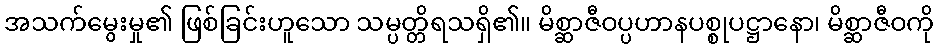
အသက်မွေးမှု၏ ဖြစ်ခြင်းဟူသော သမ္ပတ္တိရသရှိ၏။ မိစ္ဆာဇီဝပ္ပဟာနပစ္စုပဋ္ဌာနော၊ မိစ္ဆာဇီဝကို